65_HS1-834228961_62-HQ-83894_Section_5
Agency: FBI
Page 156
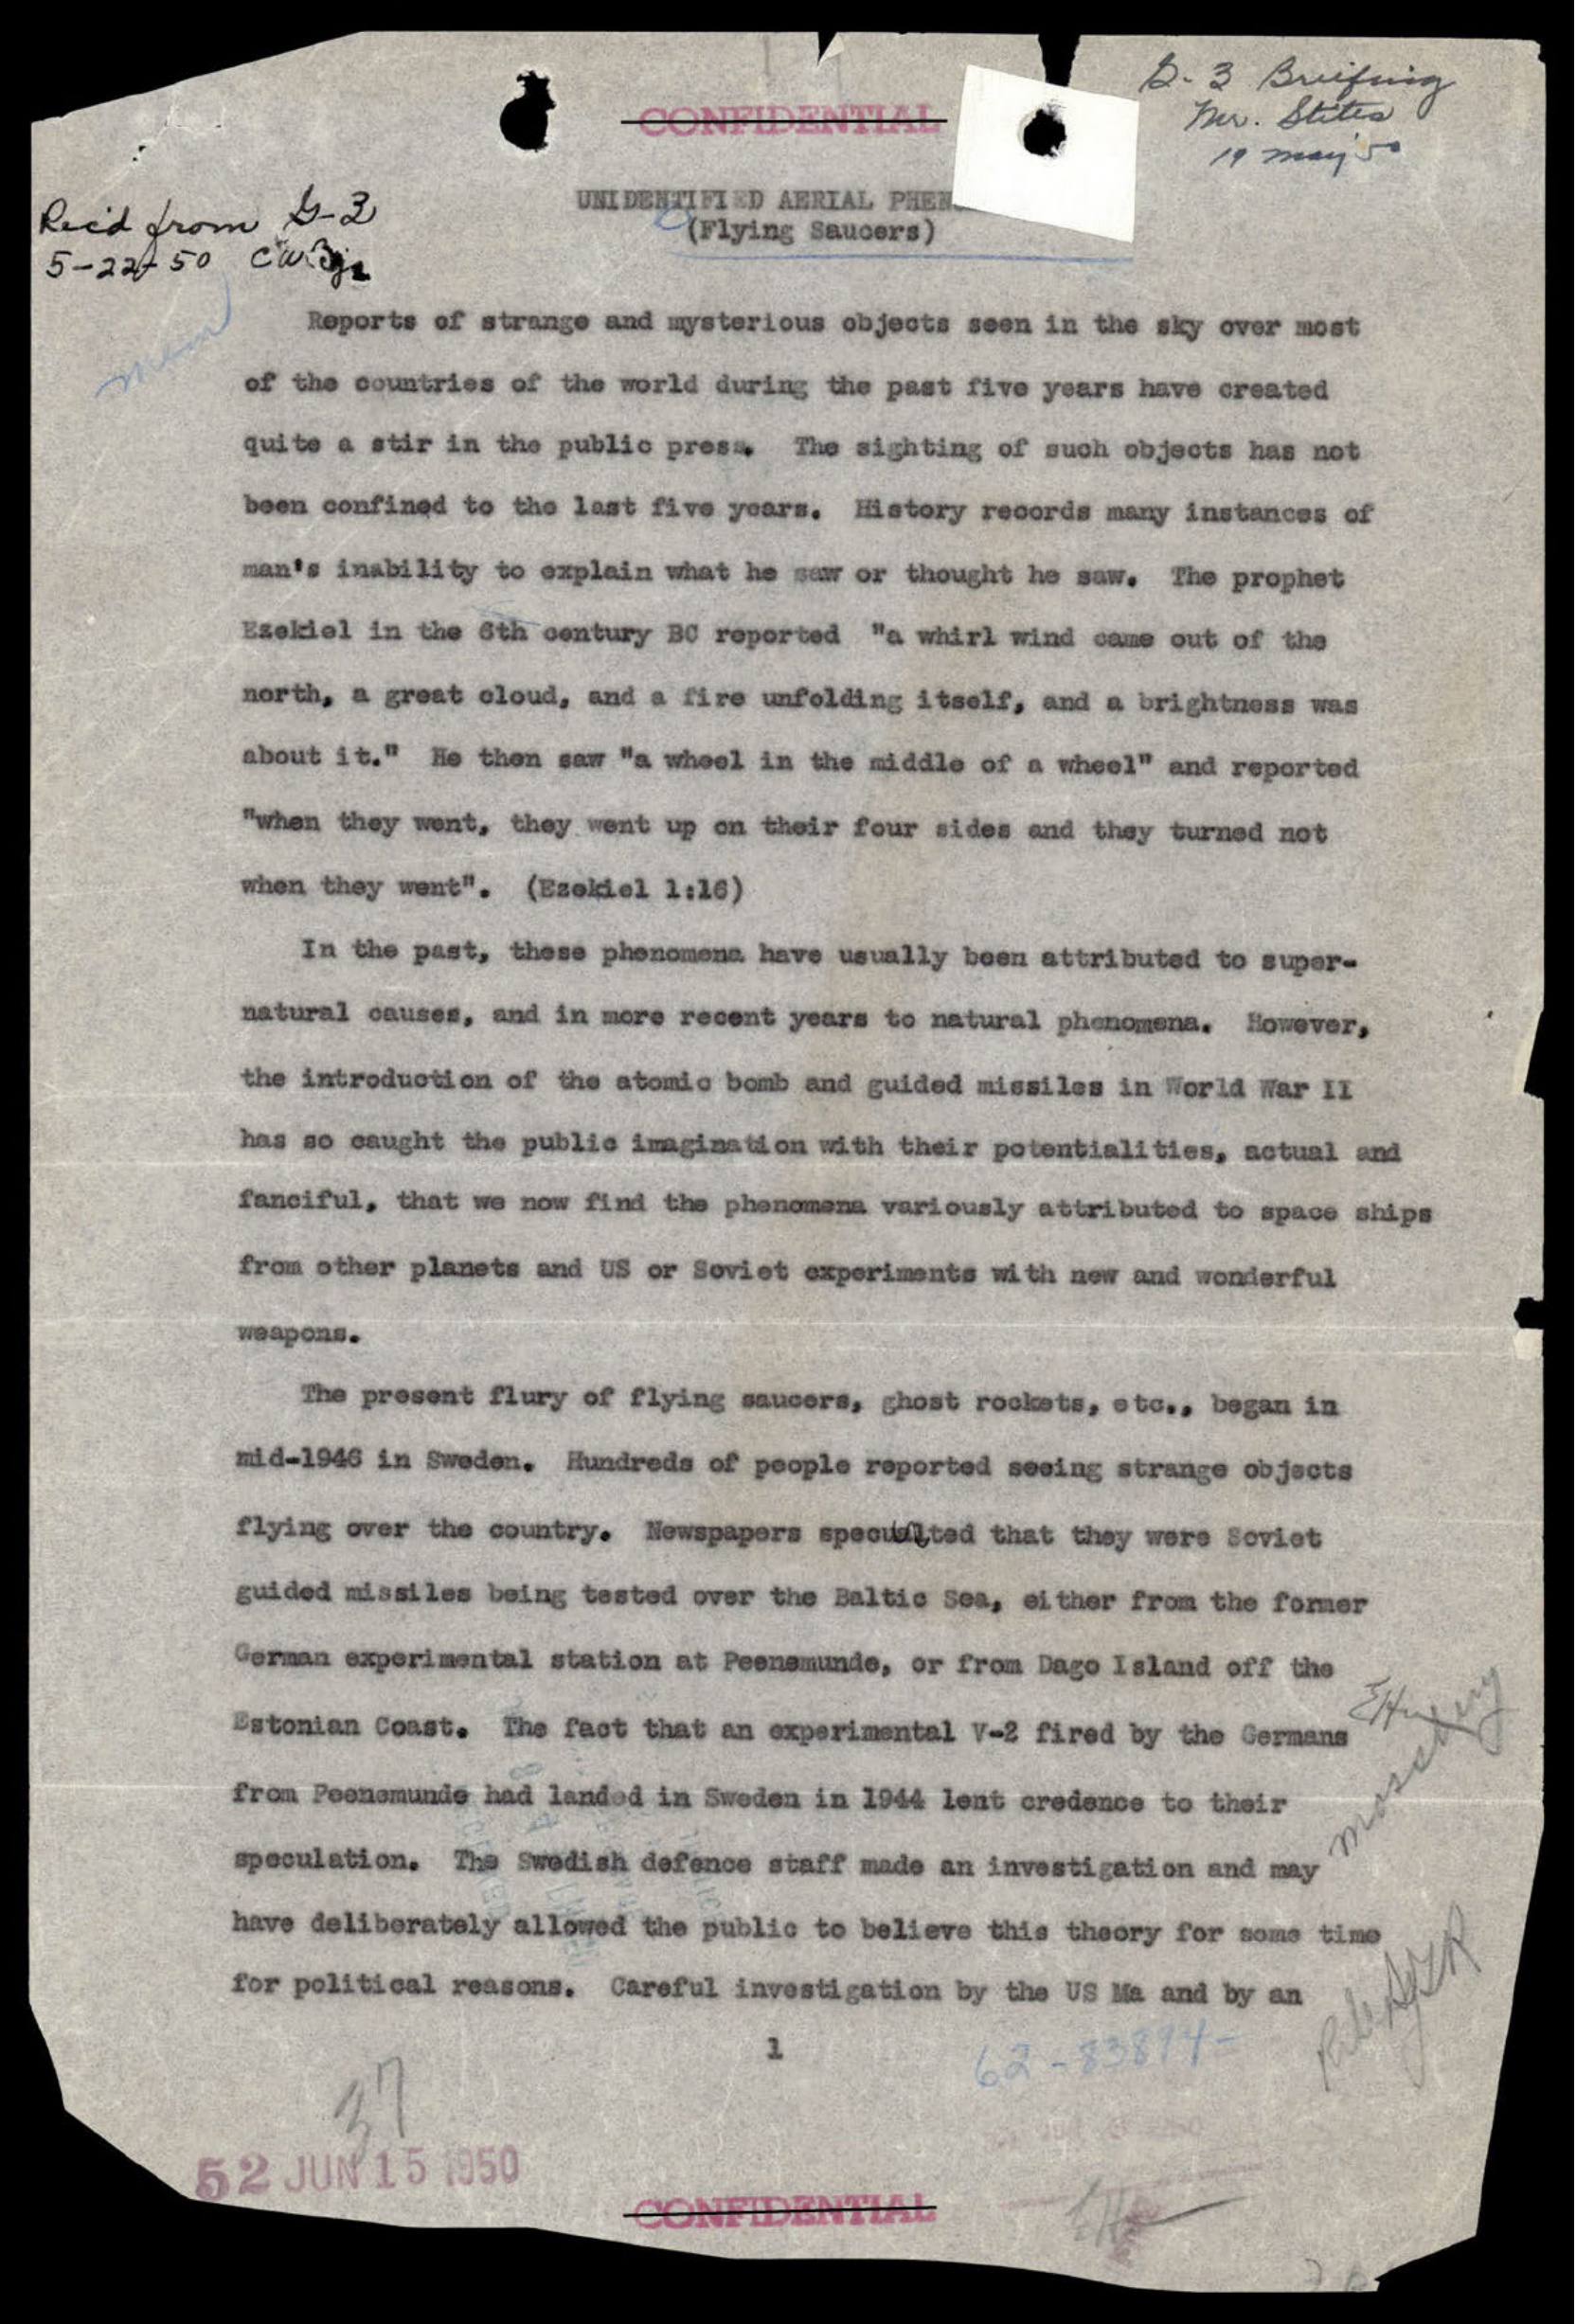